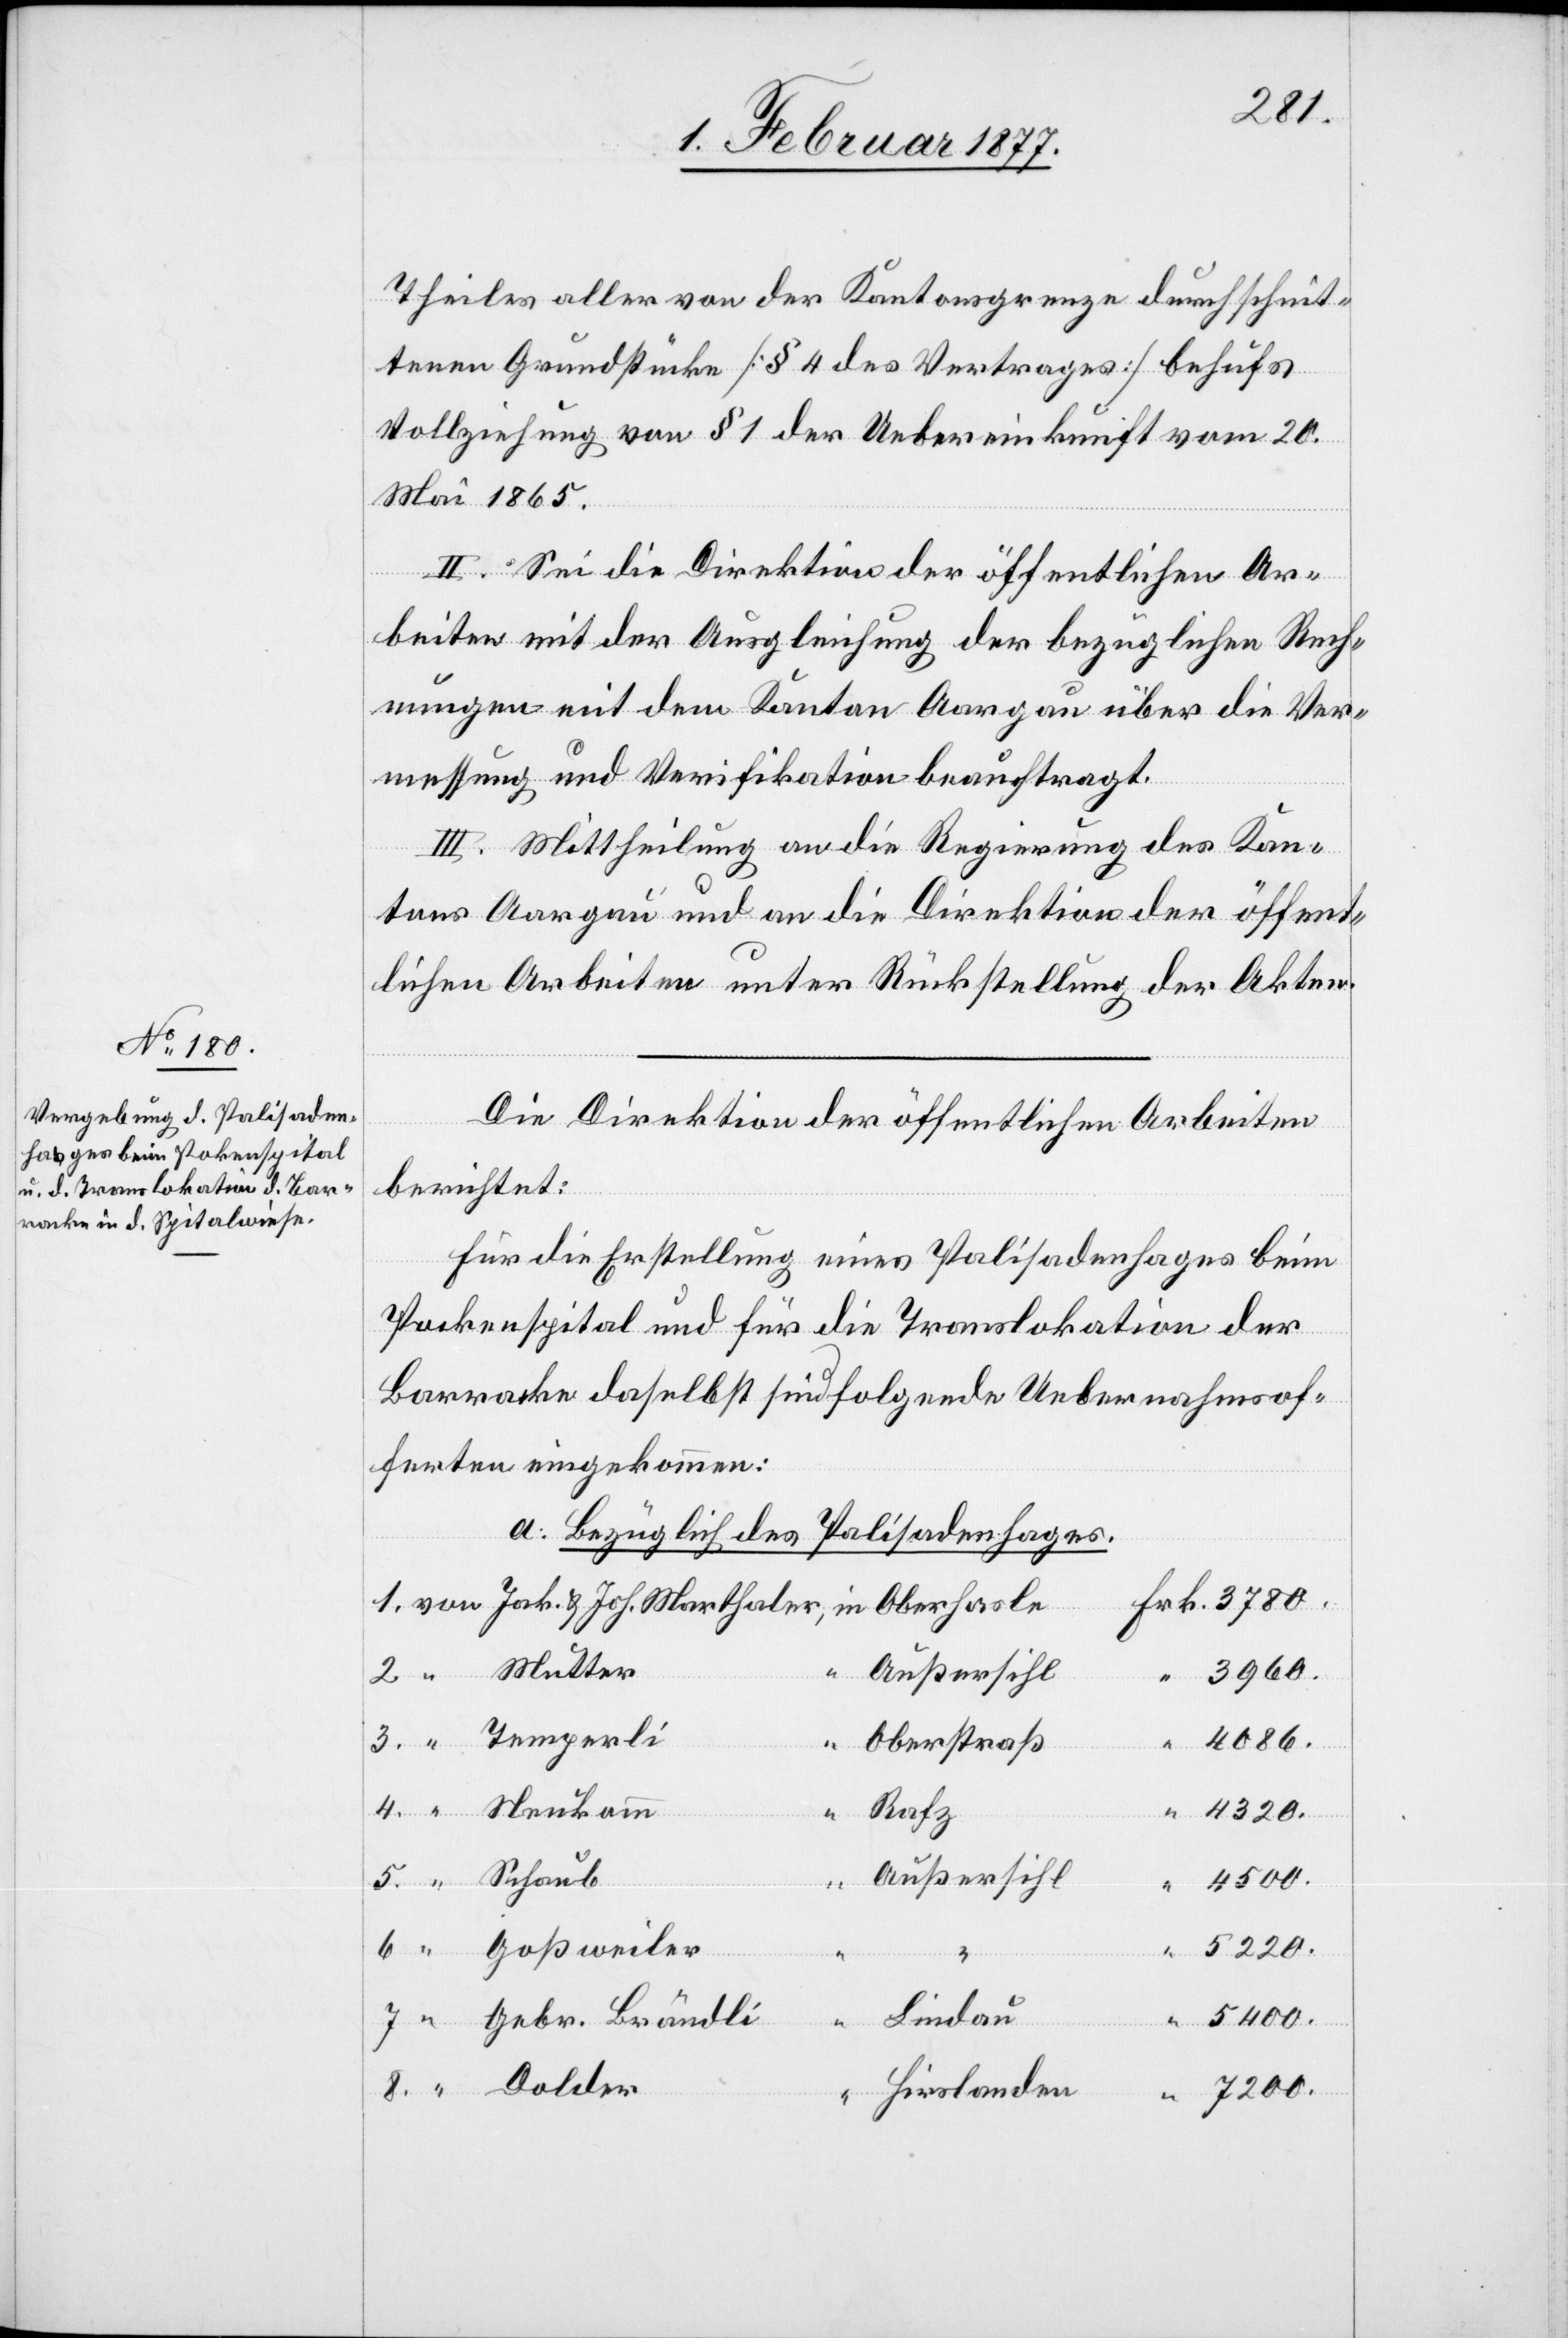
Theiles aller von der Kantonsgrenze durchschnit¬
tenen Grundstücke [§ 4 des Vertrages] behufs
Vollziehung von § 1 der Uebereinkunft vom 20.
Mai 1865.
II. Sei die Direktion der öffentlichen Ar¬
beiten mit der Ausgleichung der bezüglichen Rech¬
nungen mit dem Kanton Aargau über die Ver¬
messung und Verifikation beauftragt.
III. Mittheilung an die Regierung des Kan¬
tons Aargau und an die Direktion der öffent¬
lichen Arbeiten unter Rückstellung der Akten.
Die Direktion der öffentlichen Arbeiten
berichtet:
Für die Erstellung eines Palisadenhages beim
Pockenspital und für die Translokation der
Barracke daselbst sind folgende Uebernahmsof¬
ferten eingekommen:
a. Bezüglich des Palisadenhages.
3960.
Oberstraß
4086.
4.
4320.
Rafz
5.
Außersihl
4500.
6.
“
Goßweiler
5220.
Lindau
5400.
8.
Gebr. Brändli
Hirslanden
7200.